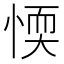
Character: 愞